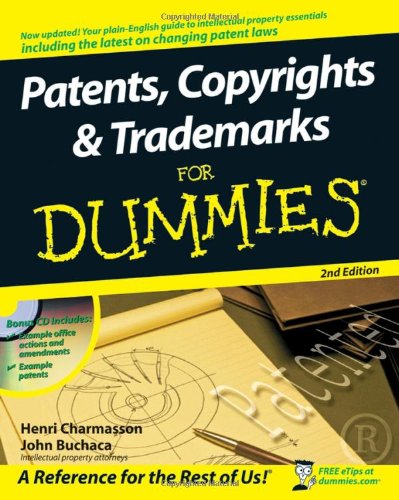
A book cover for Patents, Copyrights and Trademarks For Dummies; Henri J. A. Charmasson; Law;